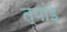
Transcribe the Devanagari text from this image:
त्यांई